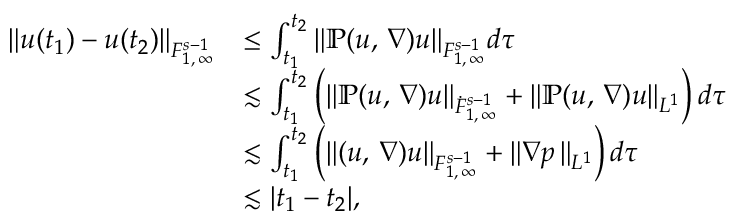
\begin{array} { r l } { \| u ( t _ { 1 } ) - u ( t _ { 2 } ) \| _ { F _ { 1 , \, \infty } ^ { s - 1 } } } & { \leq \int _ { t _ { 1 } } ^ { t _ { 2 } } \| \mathbb { P } ( u , \, \nabla ) u \| _ { F _ { 1 , \, \infty } ^ { s - 1 } } d \tau } \\ & { \lesssim \int _ { t _ { 1 } } ^ { t _ { 2 } } \left( \| \mathbb { P } ( u , \, \nabla ) u \| _ { \dot { F } _ { 1 , \, \infty } ^ { s - 1 } } + \| \mathbb { P } ( u , \, \nabla ) u \| _ { L ^ { 1 } } \right) d \tau } \\ & { \lesssim \int _ { t _ { 1 } } ^ { t _ { 2 } } \left( \| ( u , \, \nabla ) u \| _ { { F } _ { 1 , \, \infty } ^ { s - 1 } } + \| \nabla p \, \| _ { L ^ { 1 } } \right) d \tau } \\ & { \lesssim | t _ { 1 } - t _ { 2 } | , } \end{array}